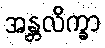
အန္တလိက္ခာ